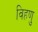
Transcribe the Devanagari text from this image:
विहणु